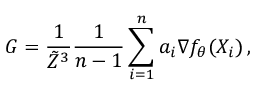
G = \frac { 1 } { \tilde { Z } ^ { 3 } } \frac 1 { n - 1 } \sum _ { i = 1 } ^ { n } a _ { i } \nabla f _ { \theta } ( X _ { i } ) \, ,